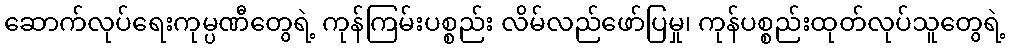
ဆောက်လုပ်ရေးကုမ္ပဏီတွေရဲ့ ကုန်ကြမ်းပစ္စည်း လိမ်လည်ဖော်ပြမှု၊ ကုန်ပစ္စည်းထုတ်လုပ်သူတွေရဲ့